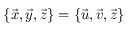
\{ \vec { x } , \vec { y } , \vec { z } \} = \{ \vec { u } , \vec { v } , \vec { z } \}